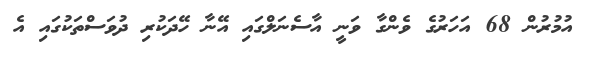
އުމުރުން 68 އަހަރުގެ ވެންގާ ވަނީ އާސެނަލްގައި އޭނާ ހޭދަކުރި ދުވަސްތަކުގައި އެ